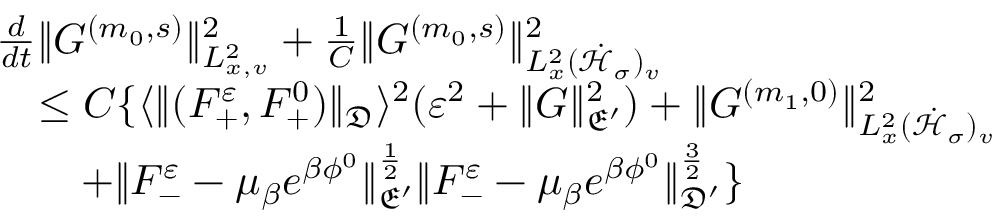
\begin{array} { r l } & { \frac { d } { d t } \| G ^ { ( m _ { 0 } , s ) } \| _ { L _ { x , v } ^ { 2 } } ^ { 2 } + \frac { 1 } { C } \| G ^ { ( m _ { 0 } , s ) } \| _ { L _ { x } ^ { 2 } ( \dot { \mathcal H } _ { \sigma } ) _ { v } } ^ { 2 } } \\ & { \quad \leq C \{ \langle \| ( F _ { + } ^ { \varepsilon } , F _ { + } ^ { 0 } ) \| _ { \mathfrak D } \rangle ^ { 2 } ( \varepsilon ^ { 2 } + \| G \| _ { \mathfrak E ^ { \prime } } ^ { 2 } ) + \| G ^ { ( m _ { 1 } , 0 ) } \| _ { L _ { x } ^ { 2 } ( \dot { \mathcal H } _ { \sigma } ) _ { v } } ^ { 2 } } \\ & { \quad \quad + \| F _ { - } ^ { \varepsilon } - \mu _ { \beta } e ^ { \beta \phi ^ { 0 } } \| _ { \mathfrak E ^ { \prime } } ^ { \frac { 1 } { 2 } } \| F _ { - } ^ { \varepsilon } - \mu _ { \beta } e ^ { \beta \phi ^ { 0 } } \| _ { \mathfrak D ^ { \prime } } ^ { \frac { 3 } { 2 } } \} } \end{array}